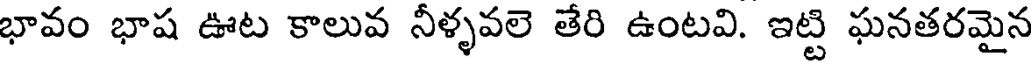
భావం భాష ఊట కాలువ నీళ్ళవలె తేరి ఉంటవి. ఇట్టి ఘనతరమైన